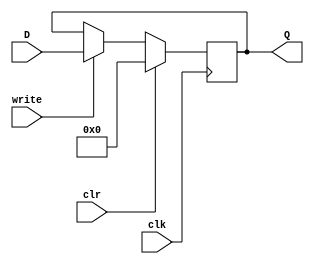
module register (D, clr, clk, write, Q);

	input [31:0] D;
	input clr, clk, write;
	output reg [31:0] Q;
	
	
	always @(posedge clk)
	begin
		if (clr)
			Q <= 0;
		else
			if (write)
				Q <= D;
			else
				Q <= Q;
	end
endmodule